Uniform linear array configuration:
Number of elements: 48
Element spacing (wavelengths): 1
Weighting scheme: binomial
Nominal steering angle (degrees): -15
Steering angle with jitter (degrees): -15.128
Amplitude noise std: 0.05
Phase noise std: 0.05

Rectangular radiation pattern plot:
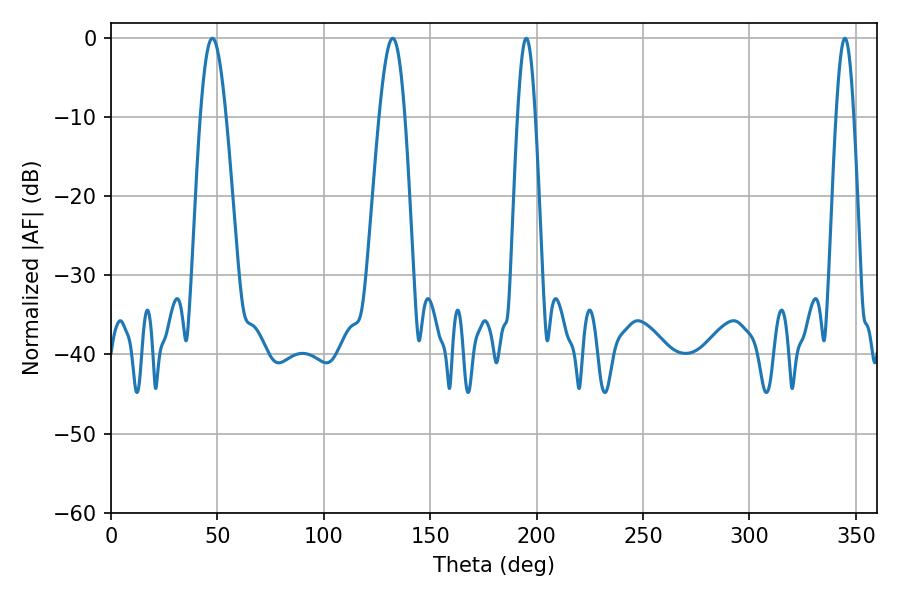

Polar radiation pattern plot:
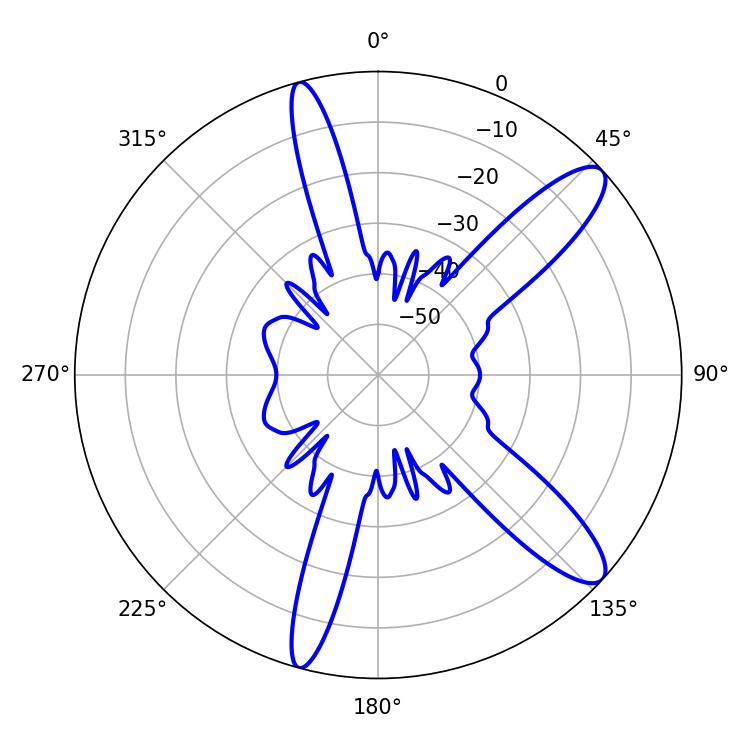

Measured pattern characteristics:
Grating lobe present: TRUE
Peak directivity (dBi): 11.583
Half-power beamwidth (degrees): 4.5
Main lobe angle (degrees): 195.12